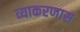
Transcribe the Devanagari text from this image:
व्याकरणास